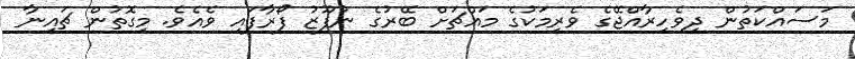
މަސައްކަތުން ދިވެހިރާއްޖޭގެ ވެރިމަކުގެ މައްޗަށް ބޭރުގެ ނުފޫޒު ފޯރާފައި ވެއެވެ. މިގޮތުން ޗައިނާ